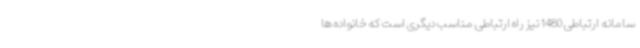
سامانه ارتباطی 1480 نیز راه ارتباطی مناسب دیگری است که خانواده ها